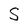
Character: S